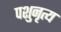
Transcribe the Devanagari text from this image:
पशुनृत्य